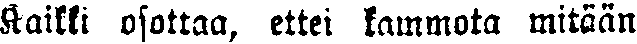
Kaikki osottaa, ettei kammota mitään